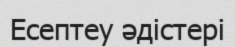
Есептеу әдістері